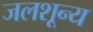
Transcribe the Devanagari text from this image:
जलशून्य